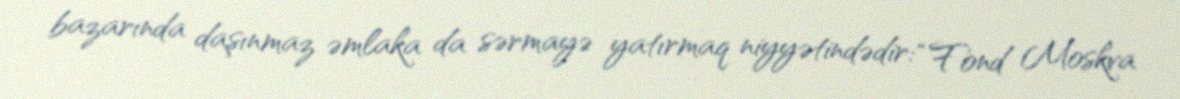
bazarında daşınmaz əmlaka da sərmayə yatırmaq niyyətindədir: “Fond Moskva